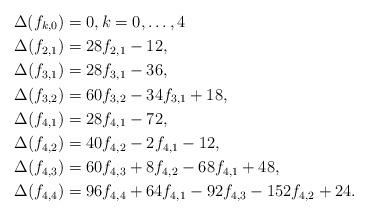
LaTeX: \begin{align*}\Delta(f_{k,0}) & = 0, k=0,\ldots,4\\\Delta(f_{2,1}) &= 28 f_{2,1}-12,\\\Delta(f_{3,1}) &= 28 f_{3,1}-36,\\\Delta(f_{3,2}) &= 60 f_{3,2}-34 f_{3,1}+18,\\\Delta(f_{4,1}) &= 28 f_{4,1}-72,\\ \Delta(f_{4,2}) &= 40 f_{4,2}-2f_{4,1}-12,\\ \Delta(f_{4,3}) &= 60 f_{4,3}+8 f_{4,2}-68 f_{4,1}+48,\\\Delta(f_{4,4}) &= 96f_{4,4}+64 f_{4,1}-92 f_{4,3}-152 f_{4,2}+24.\end{align*}